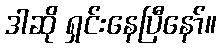
ဒါဆို ရှင်းနေပြီနော်။